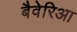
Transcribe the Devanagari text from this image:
बैवेरिआ